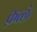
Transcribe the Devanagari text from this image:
क़त्ले